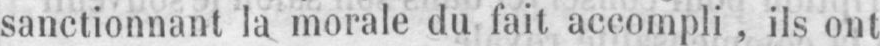
sanctionnant la morale du fait accompli, ils ont